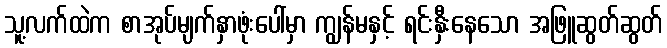
သူ့လက်ထဲက စာအုပ်မျက်နှာဖုံးပေါ်မှာ ကျွန်မနှင့် ရင်းနှီးနေသော အဖြူဆွတ်ဆွတ်